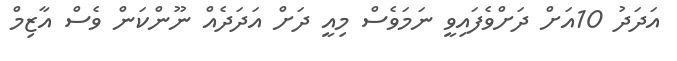
އަދަދު 10އަށް ދަށްވެފައިވީ ނަމަވެސް މިއީ ދަށް އަދަދެއް ނޫންކަން ވެސް އާޒިމް